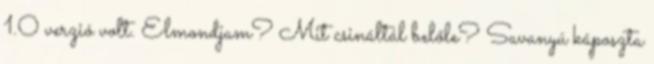
1.0 verzió volt. Elmondjam? Mit csináltál belőle? Savanyú káposzta